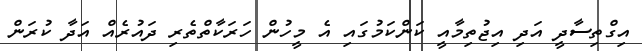
އިގްތިސާދީ އަދި އިޖުތިމާއީ ކަންކަމުގައި އެ މީހުން ހަރަކާތްތެރި ދައުރެއް އަދާ ކުރަން